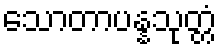
သောတာပန္နသုတ္တံ